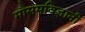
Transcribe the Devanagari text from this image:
मौसमविज्ञानी